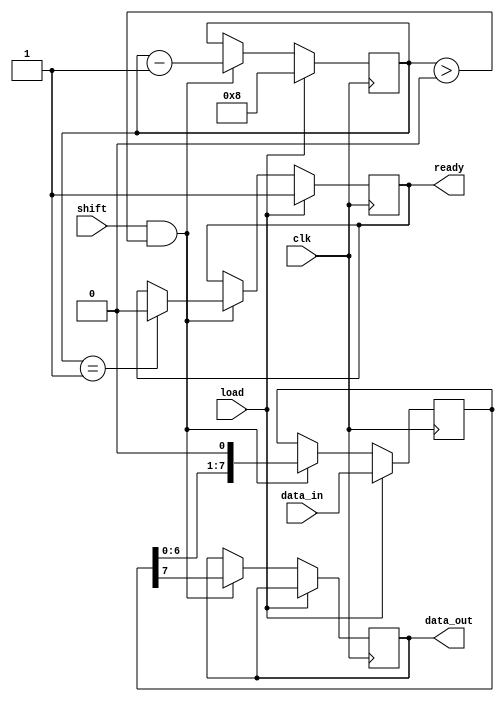
module PISO_Register #(
    parameter n = 8  // Width of the register
)(
    input wire clk,               // Clock signal
    input wire load,              // Load control signal
    input wire shift,             // Shift control signal
    input wire [n-1:0] data_in,   // Parallel input data
    output reg data_out,          // Serial output data
    output reg ready              // Ready signal (optional)
);

    reg [n-1:0] shift_reg;        // Shift register to hold the data
    reg [3:0] bit_count;          // Counter for the number of bits shifted out

    // Asynchronous reset (optional)
    always @(posedge clk) begin
        if (load) begin
            shift_reg <= data_in;  // Load data into the shift register
            bit_count <= n;        // Reset bit count to n
            ready <= 1'b1;         // Indicate that the register is ready to shift
        end else if (shift && bit_count > 0) begin
            data_out <= shift_reg[n-1]; // Output the MSB (or LSB based on design)
            shift_reg <= {shift_reg[n-2:0], 1'b0}; // Shift left
            bit_count <= bit_count - 1; // Decrement bit count
            if (bit_count == 1) begin
                ready <= 1'b0; // Indicate that no more bits are left to shift
            end
        end
    end

    // Initialize outputs
    initial begin
        data_out = 1'b0;
        ready = 1'b0;
        bit_count = 0;
        shift_reg = 0;
    end

endmodule